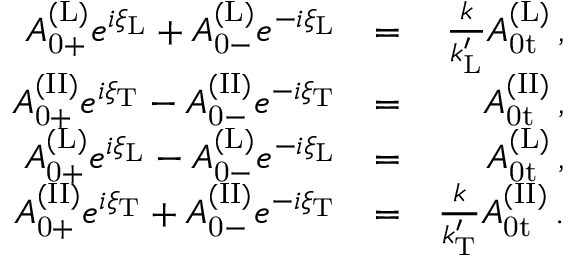
\begin{array} { r l r } { A _ { \mathrm { 0 + } } ^ { \mathrm { ( L ) } } e ^ { i \xi _ { \mathrm { L } } } + A _ { \mathrm { 0 - } } ^ { \mathrm { ( L ) } } e ^ { - i \xi _ { \mathrm { L } } } } & { = } & { \frac { k } { k _ { \mathrm { L } } ^ { \prime } } A _ { \mathrm { 0 t } } ^ { \mathrm { ( L ) } } \, , } \\ { A _ { \mathrm { 0 + } } ^ { \mathrm { ( I I ) } } e ^ { i \xi _ { \mathrm { T } } } - A _ { \mathrm { 0 - } } ^ { \mathrm { ( I I ) } } e ^ { - i \xi _ { \mathrm { T } } } } & { = } & { A _ { \mathrm { 0 t } } ^ { \mathrm { ( I I ) } } \, , } \\ { A _ { \mathrm { 0 + } } ^ { \mathrm { ( L ) } } e ^ { i \xi _ { \mathrm { L } } } - A _ { \mathrm { 0 - } } ^ { \mathrm { ( L ) } } e ^ { - i \xi _ { \mathrm { L } } } } & { = } & { A _ { \mathrm { 0 t } } ^ { \mathrm { ( L ) } } \, , } \\ { A _ { \mathrm { 0 + } } ^ { \mathrm { ( I I ) } } e ^ { i \xi _ { \mathrm { T } } } + A _ { \mathrm { 0 - } } ^ { \mathrm { ( I I ) } } e ^ { - i \xi _ { \mathrm { T } } } } & { = } & { \frac { k } { k _ { \mathrm { T } } ^ { \prime } } A _ { \mathrm { 0 t } } ^ { \mathrm { ( I I ) } } \, . } \end{array}